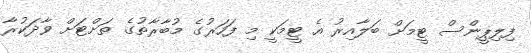
ފިލިޕީންސް ޓީމަށް ބަލާއިރު އެ ޓީމަކީ މި ފަހަރުގެ މުބާރާތުގެ ތަށްޓަށް ވާދަކުރާ